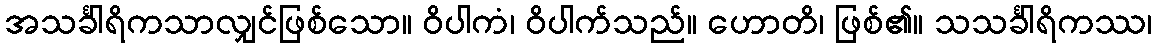
အသင်္ခါရိကသာလျှင်ဖြစ်သော။ ဝိပါကံ၊ ဝိပါက်သည်။ ဟောတိ၊ ဖြစ်၏။ သသင်္ခါရိကဿ၊